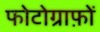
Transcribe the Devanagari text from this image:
फोटोग्राफ़ों